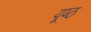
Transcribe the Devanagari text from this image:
पूष्ठ